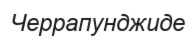
Черрапунджиде